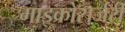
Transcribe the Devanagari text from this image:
माइक्रोसर्जरी